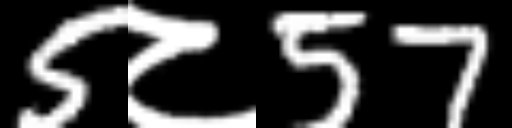
Text: 5८57